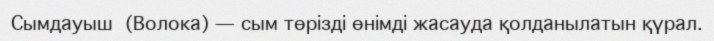
Сымдауыш  (Волока) — сым төрізді өнімді жасауда қолданылатын қүрал.